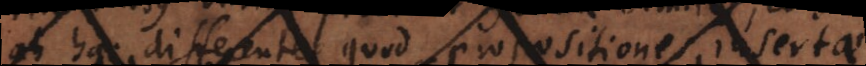
ab his differentes, quod propositiones categoricae